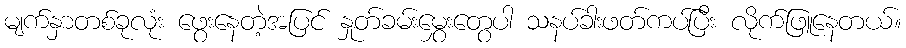
မျက်နှာတစ်ခုလုံး ဖွေးနေတဲ့အပြင် နှုတ်ခမ်းမွှေးတွေပါ သနပ်ခါးဖတ်ကပ်ပြီး လိုက်ဖြူနေတယ်။